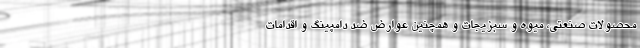
محصولات صنعتی، میوه و سبزیجات و همچنین عوارض ضد دامپینگ و اقدامات